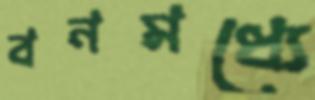
বনমধ্যে